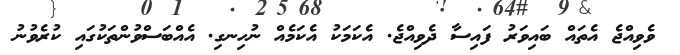
ވެވިއްޖެ އެތައް ބައިވަރު ފައިސާ ދެވިއްޖެ. އެކަމަކު އެކަމެއް ނުހިނގި. އެއްބަސްވުންތަކުގައި ކުރެވުނު